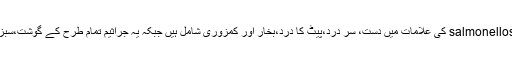
سیمونیلا سے پیدا ہونے والے انفیکشن salmonellosis کی علامات میں دست، سر درد،پیٹ کا درد،بخار اور کمزوری شامل ہیں جبکہ یہ جراثیم تمام طرح کے گوشت،سبزیوں ،دودھ اور انڈوں میں پائے جاتے ہیں۔